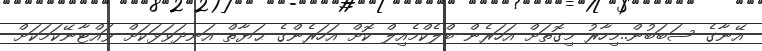
އޭނާގެ ސަބަބުން..މިހާރު މިގޮތަށް އަހަރެން ބްލެކްމެއިލް ކޮށް އަހަރެންގެ ޙަޔާތް އަނދަވަޅަކަށް ވައްޓާނޭކަމަކަށް